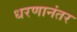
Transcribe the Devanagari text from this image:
धरणानंतर